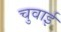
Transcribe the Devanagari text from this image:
चुवाई